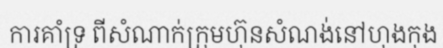
ការគាំទ្រ ពីសំណាក់ក្រុមហ៊ុនសំណង់នៅហុងកុង